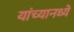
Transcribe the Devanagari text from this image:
यांच्यानध्ये